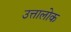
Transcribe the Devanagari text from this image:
उत्तालोक